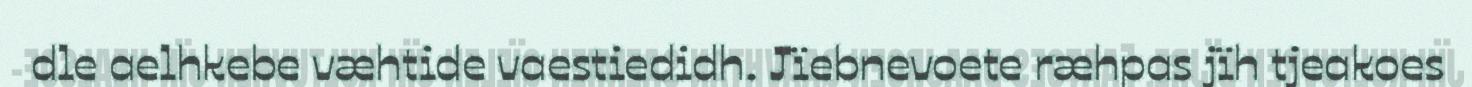
dle aelhkebe væhtide vaestiedidh. Jïebnevoete ræhpas jïh tjeakoes